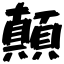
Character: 顛